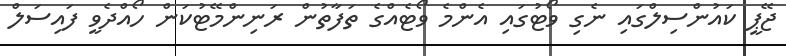
ޖޭޕީ ކައުންސިލްގައި ނެގި ވޯޓުގައި އެންމެ ވޯޓެއްގެ ތަފާތުން ރަނިންމޭޓުކަން ހޯއްދެވީ ފައިސަލް